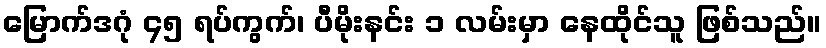
မြောက်ဒဂုံ ၄၅ ရပ်ကွက်၊ ပီမိုးနင်း ၁ လမ်းမှာ နေထိုင်သူ ဖြစ်သည်။